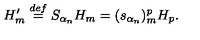
H _ { m } ^ { \prime } \stackrel { d e f } { = } S _ { \alpha _ { n } } H _ { m } = ( s _ { \alpha _ { n } } ) _ { m } ^ { p } H _ { p } .